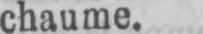
chaume.